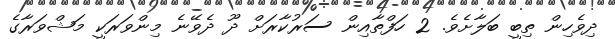
ދިވެހިން ތިބީ ބަލާށެވެ. 2 ހަފްތާއިން ސަރުކާރަށް ދޫ ދެވޭނެ މިންވަރަކީ މަޝްވަރާގެ